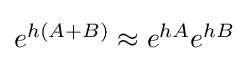
{\textstyle e^{h(A+B)}\approx e^{hA}e^{hB}}